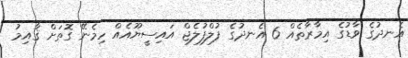
އެނދުގެ ވާޑުގެ އިމާރާތެއް 6 އެނދުގެ ފުލްފުލެޖް އައިސީޔޫއެއް ހިމެނޭ ގޮތަށް ޤާއިމު